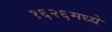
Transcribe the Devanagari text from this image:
१६२६मध्ये